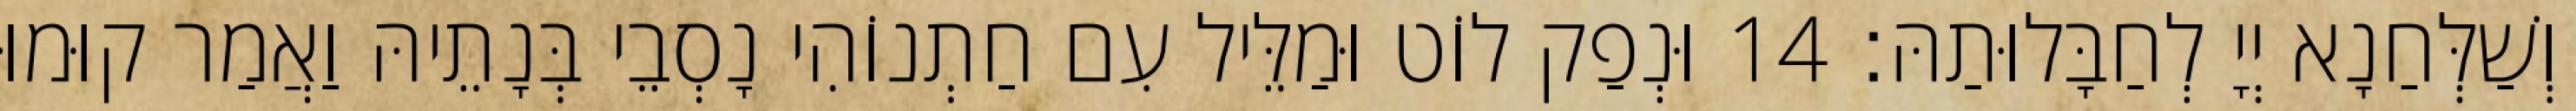
וְשַׁלְּחַנָא יְיָ לְחַבָּלוּתַהּ׃ 14 וּנְפַק לוֹט וּמַלֵּיל עִם חַתְנוֹהִי נָסְבֵי בְּנָתֵיהּ וַאֲמַר קוּמוּ